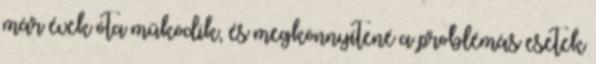
már évek óta működik, és megkönnyítené a problémás esetek